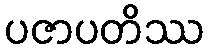
ပဇာပတိဿ